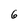
Character: 6